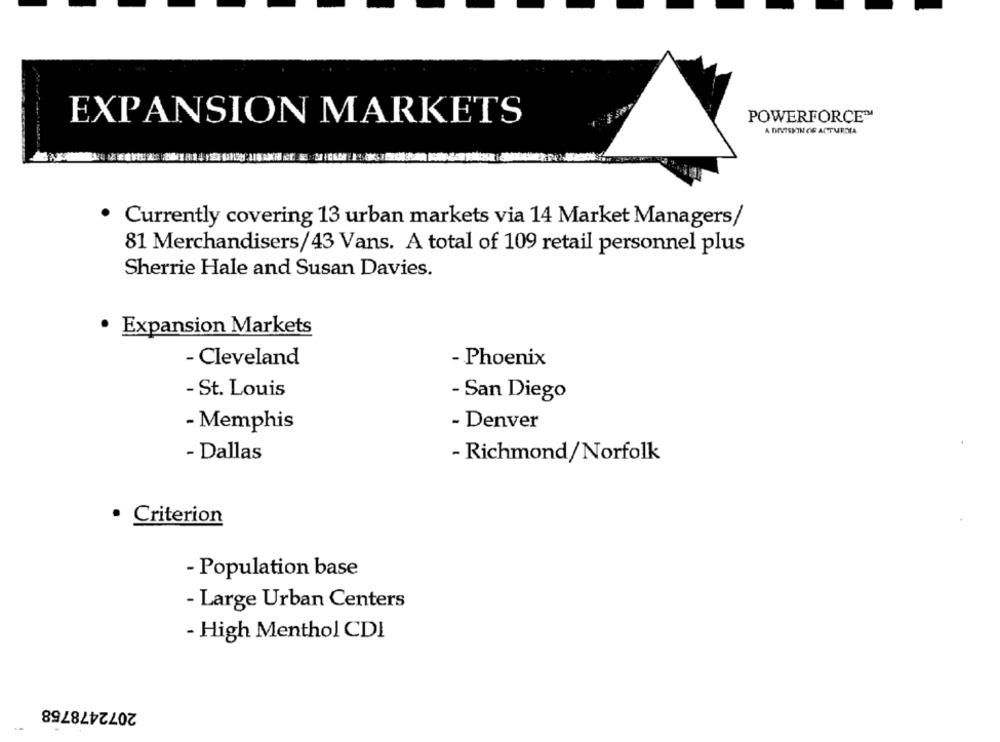
POWERFORCE™
EXPANSION MARKETS
A DIVISNIN OG ACTURDIA
· Currently covering 13 urban markets via 14 Market Managers/
81 Merchandisers/43 Vans. A total of 109 retail personnel plus
Sherrie Hale and Susan Davies.
· Expansion Markets
- Cleveland
- Phoenix
- St. Louis
- San Diego
- Memphis
- Denver
- Dallas
- Richmond/Norfolk
· Criterion
- Population base
- Large Urban Centers
- High Menthol CDI
2072478758